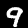
Digit: 9